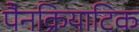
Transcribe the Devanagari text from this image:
पैनक्रियाटिक